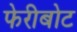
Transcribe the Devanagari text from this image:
फेरीबोट